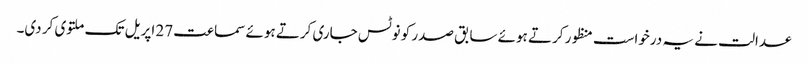
عدالت نے یہ درخواست منظور کرتے ہوئے سابق صدر کو نوٹس جاری کرتے ہوئے سماعت 27 اپریل تک ملتوی کر دی۔